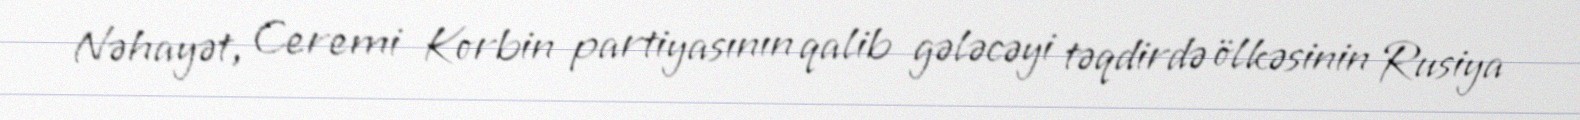
Nəhayət, Ceremi Korbin partiyasının qalib gələcəyi təqdirdə ölkəsinin Rusiya